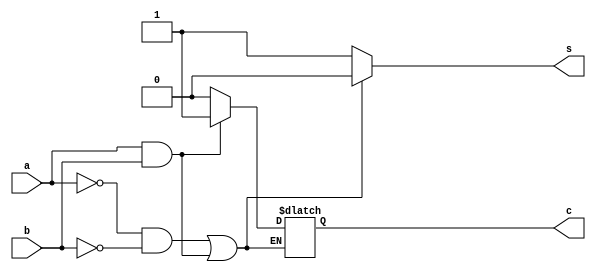
module and_gate(a,b,s,c);
input a,b;
output s,c;
reg s,c;


always@ (a or b or s or c)
begin
    if((a==1'b0 && b==1'b0) || (a==1'b1 && b==1'b1))
    begin
       s=1'b0;
        if(a==1'b1 && b==1'b1)
            c=1'b1;
        else 
           c=1'b0 ;
    end
    else 
    s=1'b1;
end
endmodule

module test;
reg a,b;
wire s,c;


and_gate t1(a,b,s,c);
initial
begin
    a=1'b0;
    b=1'b0;
    $monitor("time:%0t a=%b , b=%b ,s=%b, c=%b",$time ,a,b,s,c);
    #5 a=1'b0; b=1'b0;
    #5 a=1'b0; b=1'b1;
    #5 a=1'b1; b=1'b0;
    #5 a=1'b1; b=1'b1;
end 
endmodule